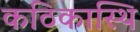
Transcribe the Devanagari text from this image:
कठिकास्थि